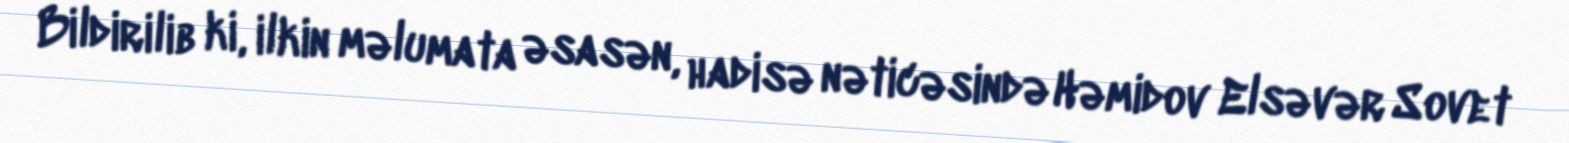
Bildirilib ki, ilkin məlumata əsasən, hadisə nəticəsində Həmidov Elsəvər Sovet